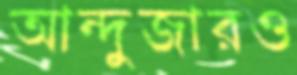
আন্দুজারও